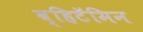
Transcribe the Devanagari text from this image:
व्हिटॅमिन